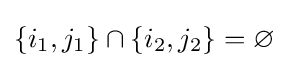
\{i_{1},j_{1}\}\cap \{i_{2},j_{2}\}=\varnothing